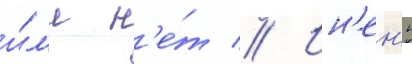
и́л'и н'е́т // Ин'ен'ю